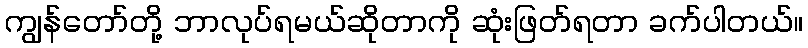
ကျွန်တော်တို့ ဘာလုပ်ရမယ်ဆိုတာကို ဆုံးဖြတ်ရတာ ခက်ပါတယ်။